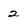
Character: 2